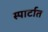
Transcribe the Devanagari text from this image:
स्पार्टात